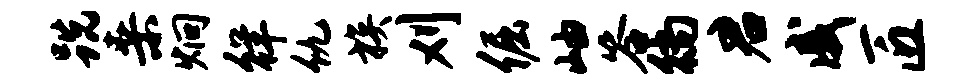
跣桑炯徉仇族刈倔岫答徜君戚匠